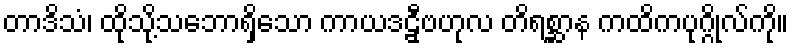
တာဒိသံ၊ ထိုသို့သဘောရှိသော ကာယဒဠှီဗဟုလ တိရစ္ဆာန ကထိကပုဂ္ဂိုလ်ကို။